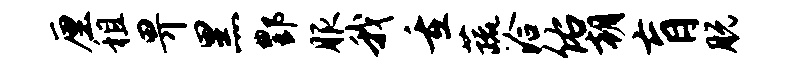
厘租畀黑酆服我重蔬洽佑朝肓脱